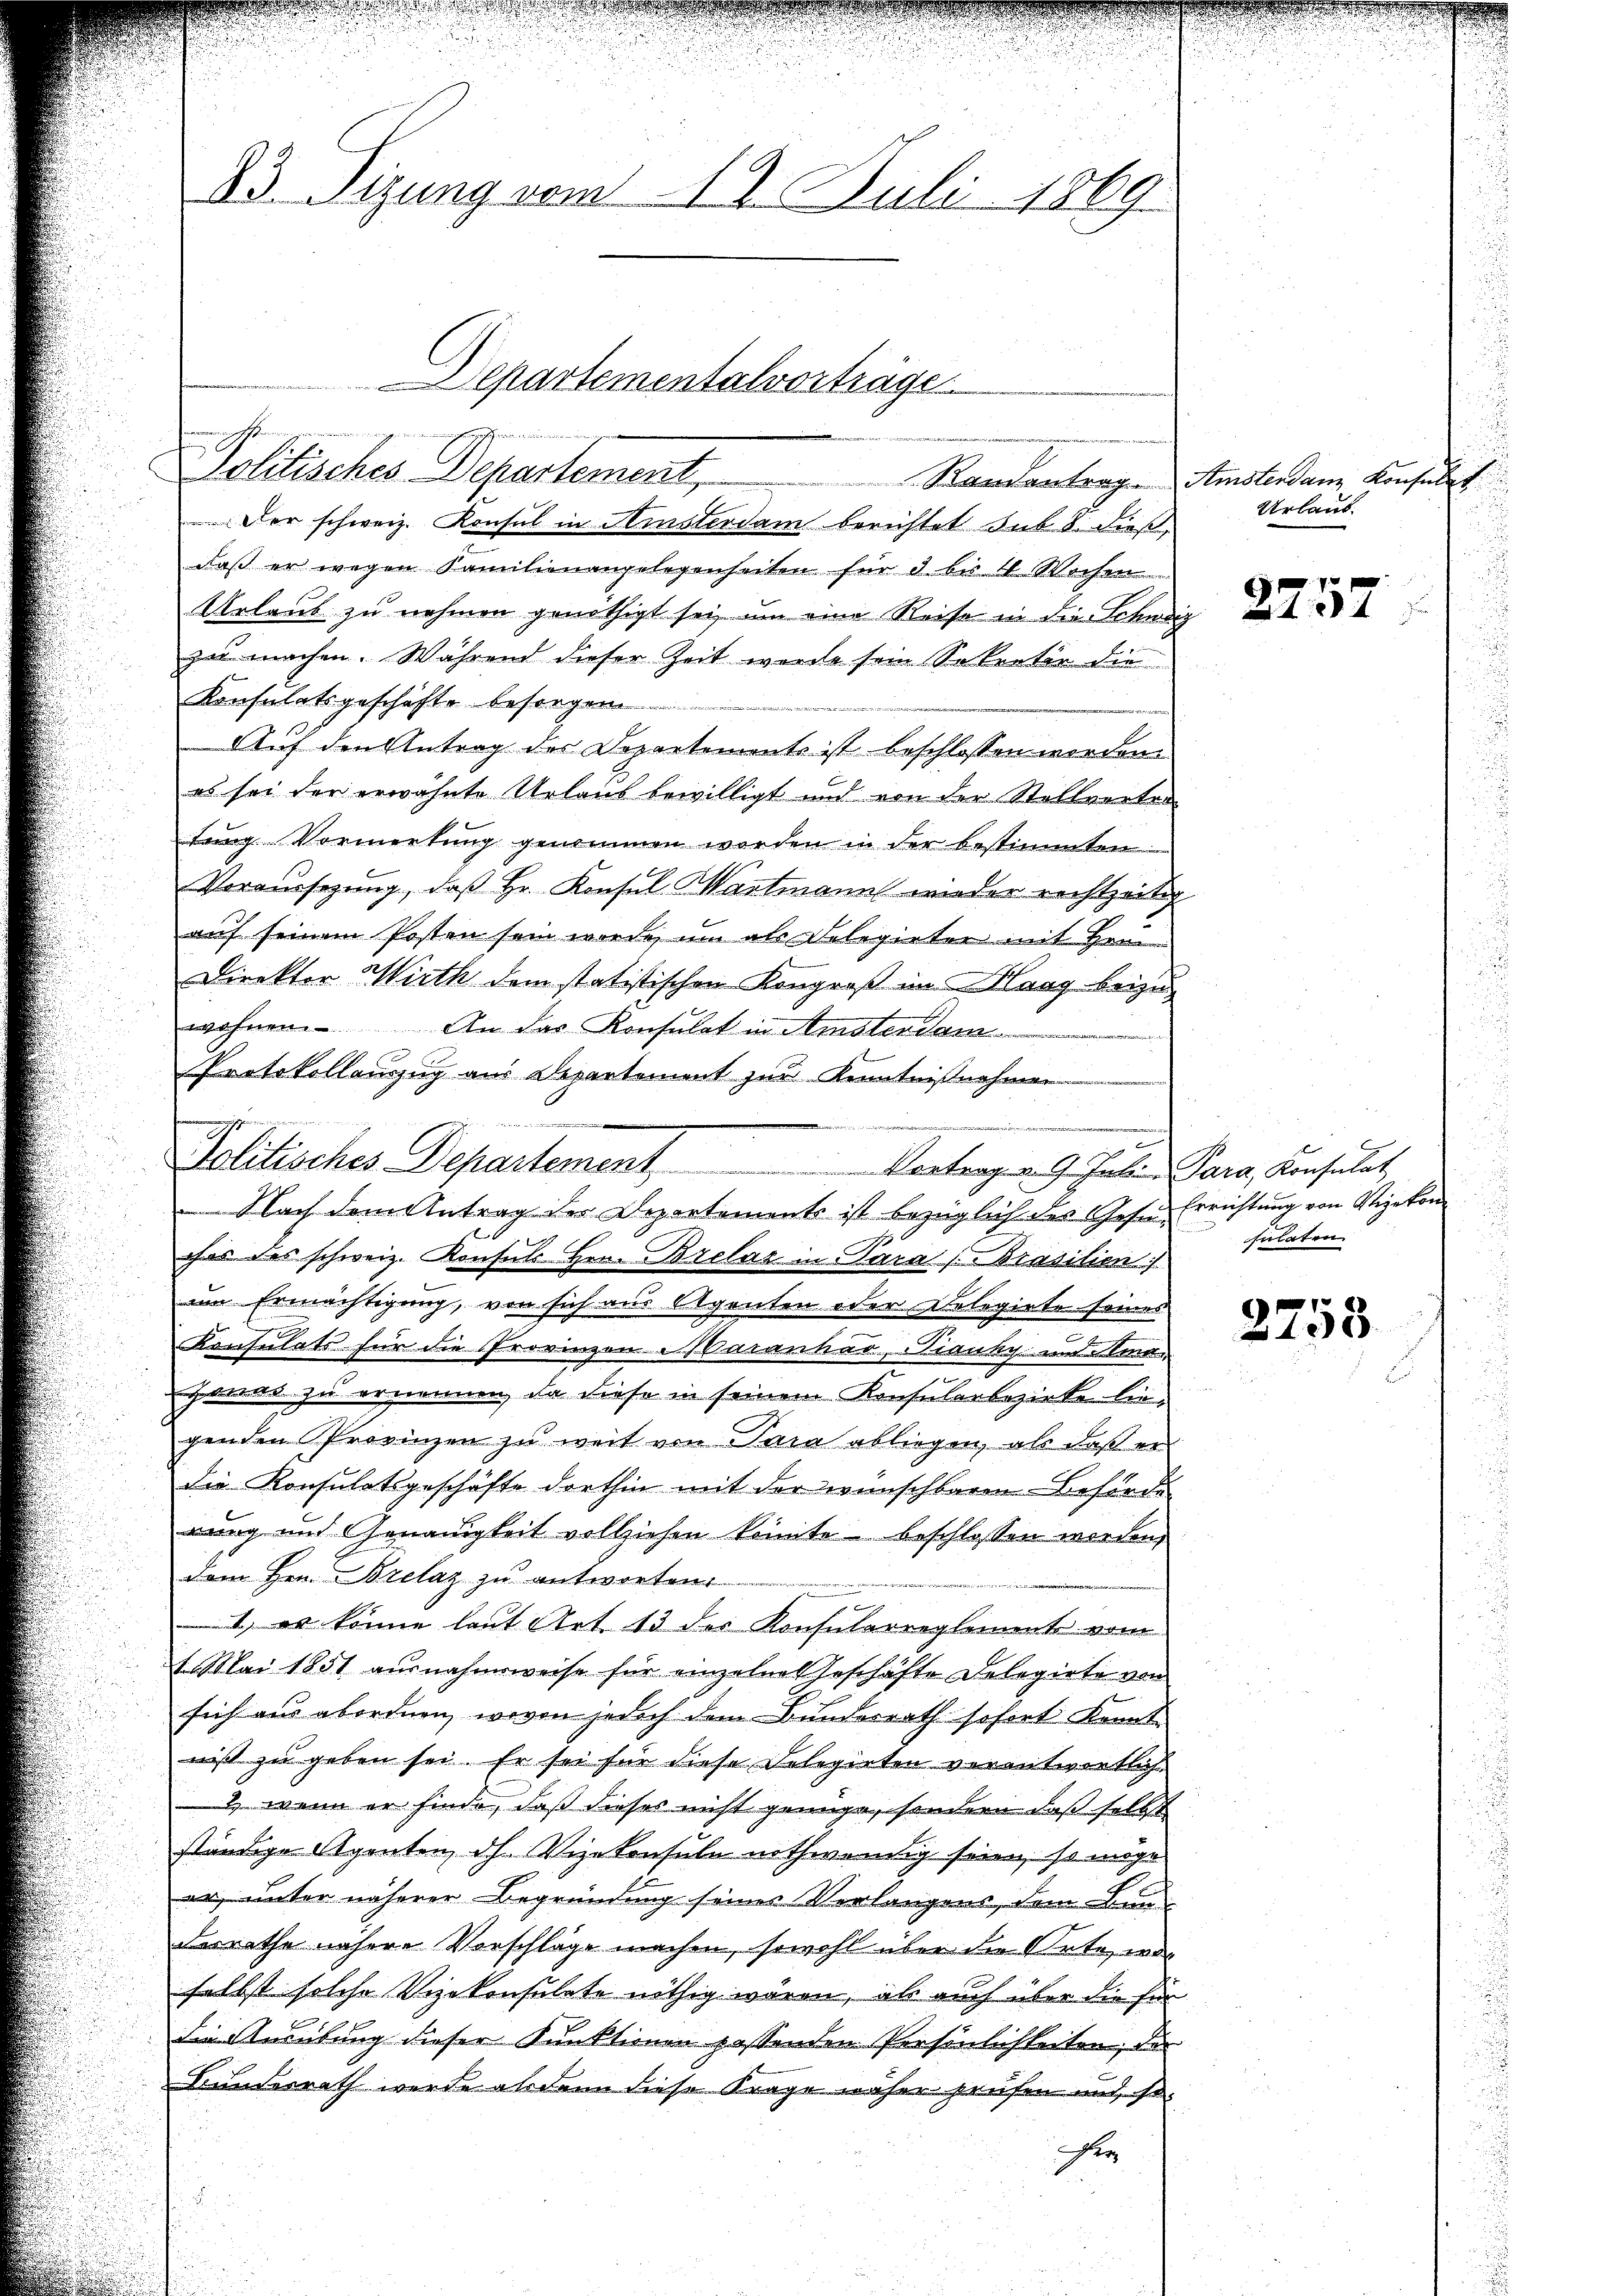
Politisches Departement,
Randantrag

83. Sizung vom 12. Juli 1869.

Departementalvorträge

Der schweiz. Konsul in Hinsterdam berichtet sub 8 dieß,
daß er wegen Familienangelegenheiten für 3 bis 4 Wochen
Urlaub zu nehmen genöthigt sei, um eine Reise in die Schw
zu machen. Während dieser Zeit werde sein Sekretär die
Konsulatsgeschäfte besorgen
Auf den Antrag des Departement ist beschlossen werden.
es sei der erwähnte Urlaus bewilligt und von der Stellvertre
tung Vormerkung genommen worden in der bestimmten
Vereinsezung, daß Hr. Konsul Martmann wieder rechtzeit,
auf seinem Posten sein werde, um als Delegieter mit Hein
Direkter Wirth dem statistischen Kongroß im Maag beizuwohnen. An das Konsulat in Amsterdam
ches des schweiz. Konsuls Hrn. Bretar in Para Brasilien)
im Ermächtigung, von sich aus Agenten oder Delegirte seines
Konsulats für die Provinzen Maranhao, Sienky und Ama
.
gonar zu ernennen, da diese in seinem Konsularbezirke liegenden Provinzen zu weit von Par abliegen, als daß er
die Konsulatsgeschäfte dorthin mit der wünschbaren Beförde
rung und Genauigkeit vollziehen könnte beschlossen werden,
dem Hrn. Brelaz zu antworten.
1, es könne laut Art. 13 des Konsularreglement vom
1. Mai 1851 ausnahmsweise für einzelne Geschäfte Delegirte von
sich aus abordnen, wovon jedoch dem Bundesrath sofort konnt
niß zu geben sei. Er sei für diese Selegirten verantwortlich¬
) wenn er finde, daß dieses nicht genüge, sondern daß selbst
ständige Agenten, dh. Vizekonsuln nothwendig seien, so möge
er, unter näherer Begründung seiner Verlangens, dem Bun
derrathe nähere Vorschläge machen, sowohl über die Orte, wo
selbst solche Vizekonsulate nöthig wären, als auch über die se
Die Ausübung dieser Kunktionen passenden Persönlichkeiten, da
Bundesrath werde als dann diese Frage näher prüfen und so
r

Protokollauszug aus Departement zur Kenntnißnahmen
Politisches Departement . . . . . . . . . . .   Vertragen 9. Juli.
 Nach dem Antrag der Departements ist bezüglich des Gesu¬

Amstendann Konsulat
Urlaub.

0 40 x

Para, Konsulat
Errichtung von Sejekon
keinen
sulaten

2753